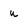
Character: u